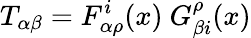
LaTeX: T_{\alpha\beta}=F_{\alpha\rho}^{i}(x)~G_{\beta i}^{\rho}(x)